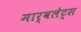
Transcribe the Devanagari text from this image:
मार्वलेट्स